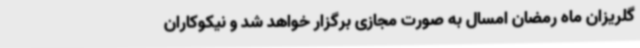
گلریزان ماه رمضان امسال به صورت مجازی برگزار خواهد شد و نیکوکاران